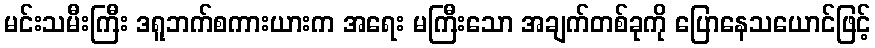
မင်းသမီးကြီး ဒရူဘက်စကားယားက အရေး မကြီးသော အချက်တစ်ခုကို ပြောနေသယောင်ဖြင့်